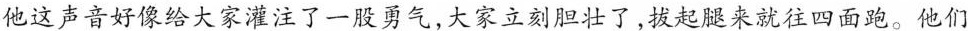
他这声音好像给大家灌注了一股勇气，大家立刻胆壮了，拔起腿来就往四面跑。他们